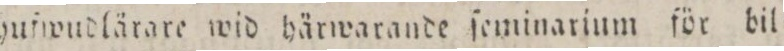
hufwudlärare wid härwarande ſeminarium för bil=